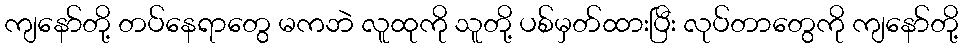
ကျနော်တို့ တပ်နေရာတွေ မကဘဲ လူထုကို သူတို့ ပစ်မှတ်ထားပြီး လုပ်တာတွေကို ကျနော်တို့